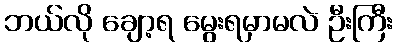
ဘယ်လို ချော့ရ မွေးရမှာမလဲ ဦးကြီး